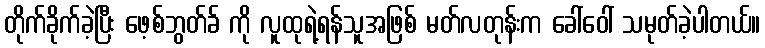
တိုက်ခိုက်ခဲ့ပြီး ဖေ့စ်ဘွတ်ခ် ကို လူထုရဲ့ရန်သူအဖြစ် မတ်လတုန်းက ခေါ်ဝေါ် သမုတ်ခဲ့ပါတယ်။